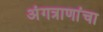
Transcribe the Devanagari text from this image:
अंगत्राणांचा